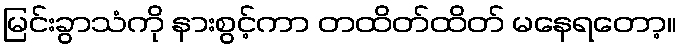
မြင်းခွာသံကို နားစွင့်ကာ တထိတ်ထိတ် မနေရတော့။